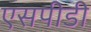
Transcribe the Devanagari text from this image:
एसपीडी